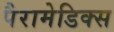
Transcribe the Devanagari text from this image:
पैरामेडिक्स